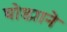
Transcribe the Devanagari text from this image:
घोड्याने